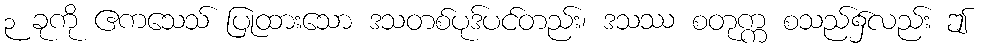
၃ ခုကို ဧကသေသ် ပြုထားသော ဒသတစ်ပုဒ်ပင်တည်း၊ ဒသဿ စတုက္က စသည်၌လည်း ဤ